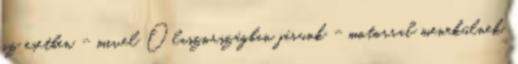
az esetben - mivel Olaszországban járunk - motorral menekülnek,